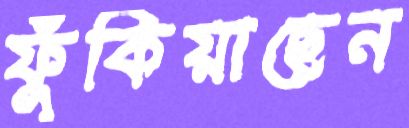
ফুঁকিয়াছেন